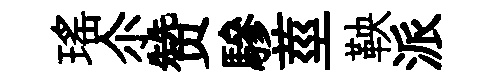
瑤尒赞驂莖鞅派